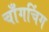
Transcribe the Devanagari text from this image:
चाँगचिंग